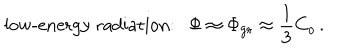
LaTeX: \mathrm { l o w - e n e r g y ~ r a d i a t i o n : } \Phi \approx \Phi _ { \mathrm { g r } } \approx { \frac { 1 } { 3 } } C _ { o } \, .